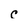
Character: C